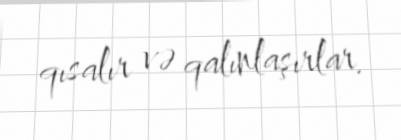
qısalır və qalınlaşırlar.